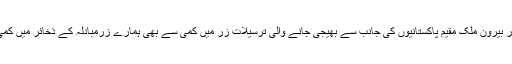
کورونا وائرس کے بحران کے پیش نظر ایکسپورٹس کی ادائیگیوں میں تاخیر اور بیرونِ ملک مقیم پاکستانیوں کی جانب سے بھیجی جانے والی ترسیلاتِ زر میں کمی سے بھی ہمارے زرمبادلہ کے ذخائر میں کمی آئی جس نے روپے کی قدر پر منفی اثرات ڈالے اور روپیہ غیر مستحکم ہوگیا۔